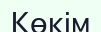
Көкім